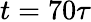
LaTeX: t=70\tau